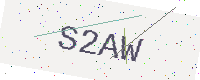
Text: S2AW